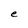
Character: e